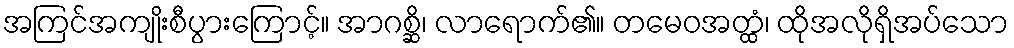
အကြင်အကျိုးစီပွားကြောင့်။ အာဂစ္ဆိ၊ လာရောက်၏။ တမေဝအတ္ထံ၊ ထိုအလိုရှိအပ်သော